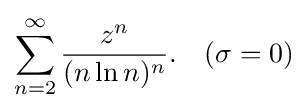
\sum _{n=2}^{\infty }{\frac {z^{n}}{(n\ln n)^{n}}}.\quad (\sigma =0)